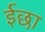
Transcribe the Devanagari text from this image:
ईछा